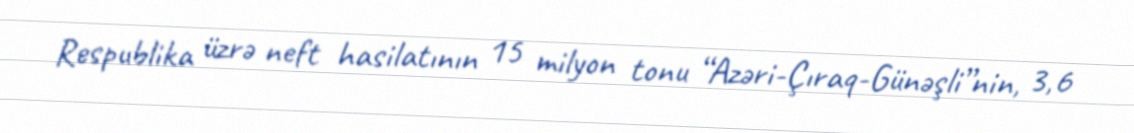
Respublika üzrə neft hasilatının 15 milyon tonu “Azəri-Çıraq-Günəşli”nin, 3,6